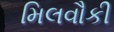
મિલવૌકી